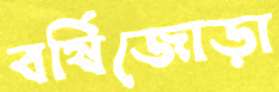
বর্ষিজোড়া